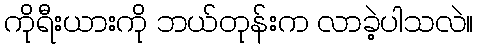
ကိုရီးယားကို ဘယ်တုန်းက လာခဲ့ပါသလဲ။